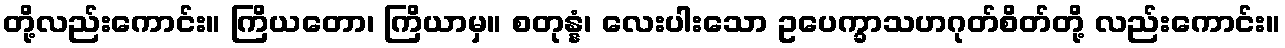
တို့လည်းကောင်း။ ကြိယတော၊ ကြိယာမှ။ စတုန္နံ၊ လေးပါးသော ဥပေက္ခာသဟဂုတ်စိတ်တို့ လည်းကောင်း။